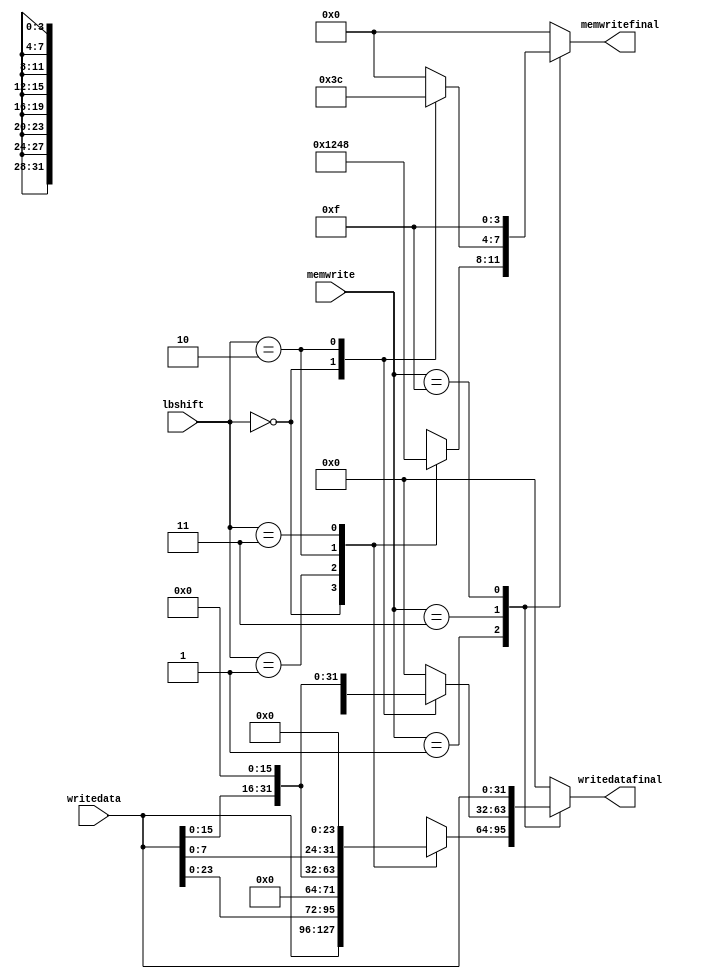
`timescale 1ns / 1ps
//////////////////////////////////////////////////////////////////////////////////
// Company: 
// Engineer: 
// 
// Design Name: 
// Module Name: save
// Project Name: 
// Target Devices: 
// Tool Versions: 
// Description: 
// 
// Dependencies: 
// 
// Revision:
// Revision 0.01 - File Created
// Additional Comments:
// 
//////////////////////////////////////////////////////////////////////////////////


module save(
    input wire[31:0] writedata,
    input wire[3:0] memwrite,
    input wire[1:0] lbshift,
    output reg[31:0] writedatafinal,
    output reg[3:0] memwritefinal
    );

    always @(*) begin
        case (memwrite)
            4'b0001: begin  //SB
                case (lbshift)
                    2'b00: begin writedatafinal<=writedata; memwritefinal<=4'b0001; end
                    2'b01: begin writedatafinal<=writedata<<8; memwritefinal<=4'b0010; end
                    2'b10: begin writedatafinal<=writedata<<16; memwritefinal<=4'b0100; end
                    2'b11: begin writedatafinal<=writedata<<24; memwritefinal<=4'b1000; end
                endcase
            end 
            4'b0011: begin  //SH
                case (lbshift)
                    2'b00: begin writedatafinal<=writedata; memwritefinal<=4'b0011; end
                    2'b10: begin writedatafinal<=writedata<<16; memwritefinal<=4'b1100; end
                    default: begin writedatafinal<=0; memwritefinal<=0; end
                endcase
            end
            4'b1111: begin  //SW
                writedatafinal<=writedata;
                memwritefinal<=4'b1111;
            end
            default: begin writedatafinal<=0; memwritefinal<=0; end
        endcase
    end
endmodule